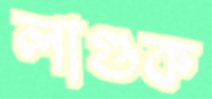
লাগুক